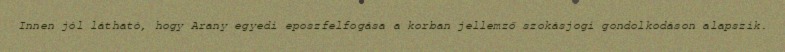
Innen jól látható, hogy Arany egyedi eposzfelfogása a korban jellemző szokásjogi gondolkodáson alapszik.